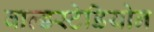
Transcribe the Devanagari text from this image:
वाल्डस्टेडियोन